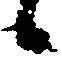
候